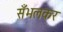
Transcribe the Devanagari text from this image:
सँभलकर